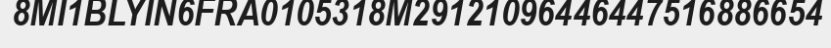
8MI1BLYIN6FRA0105318M29121096446447516886654